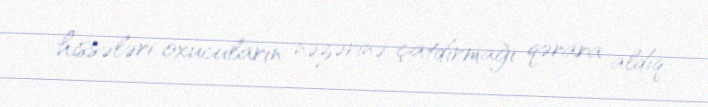
hissələri oxucuların nəzərinə çatdırmağı qərara aldıq.